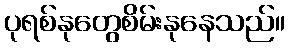
ပုရစ်နုတွေစိမ်းနုနေသည်။